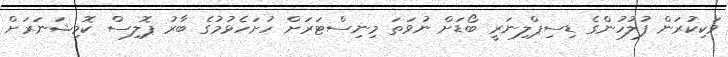
ވަކިކުރަން ފުލުހުންގެ ޑިސިޕްލިނަރީ ބޯޑަށް ނުވަތަ މިނިސްޓަރަށް ހުށަހެޅުމުގެ ބާރު ޕޮލިސް ކޮމިޝަނަރަށް